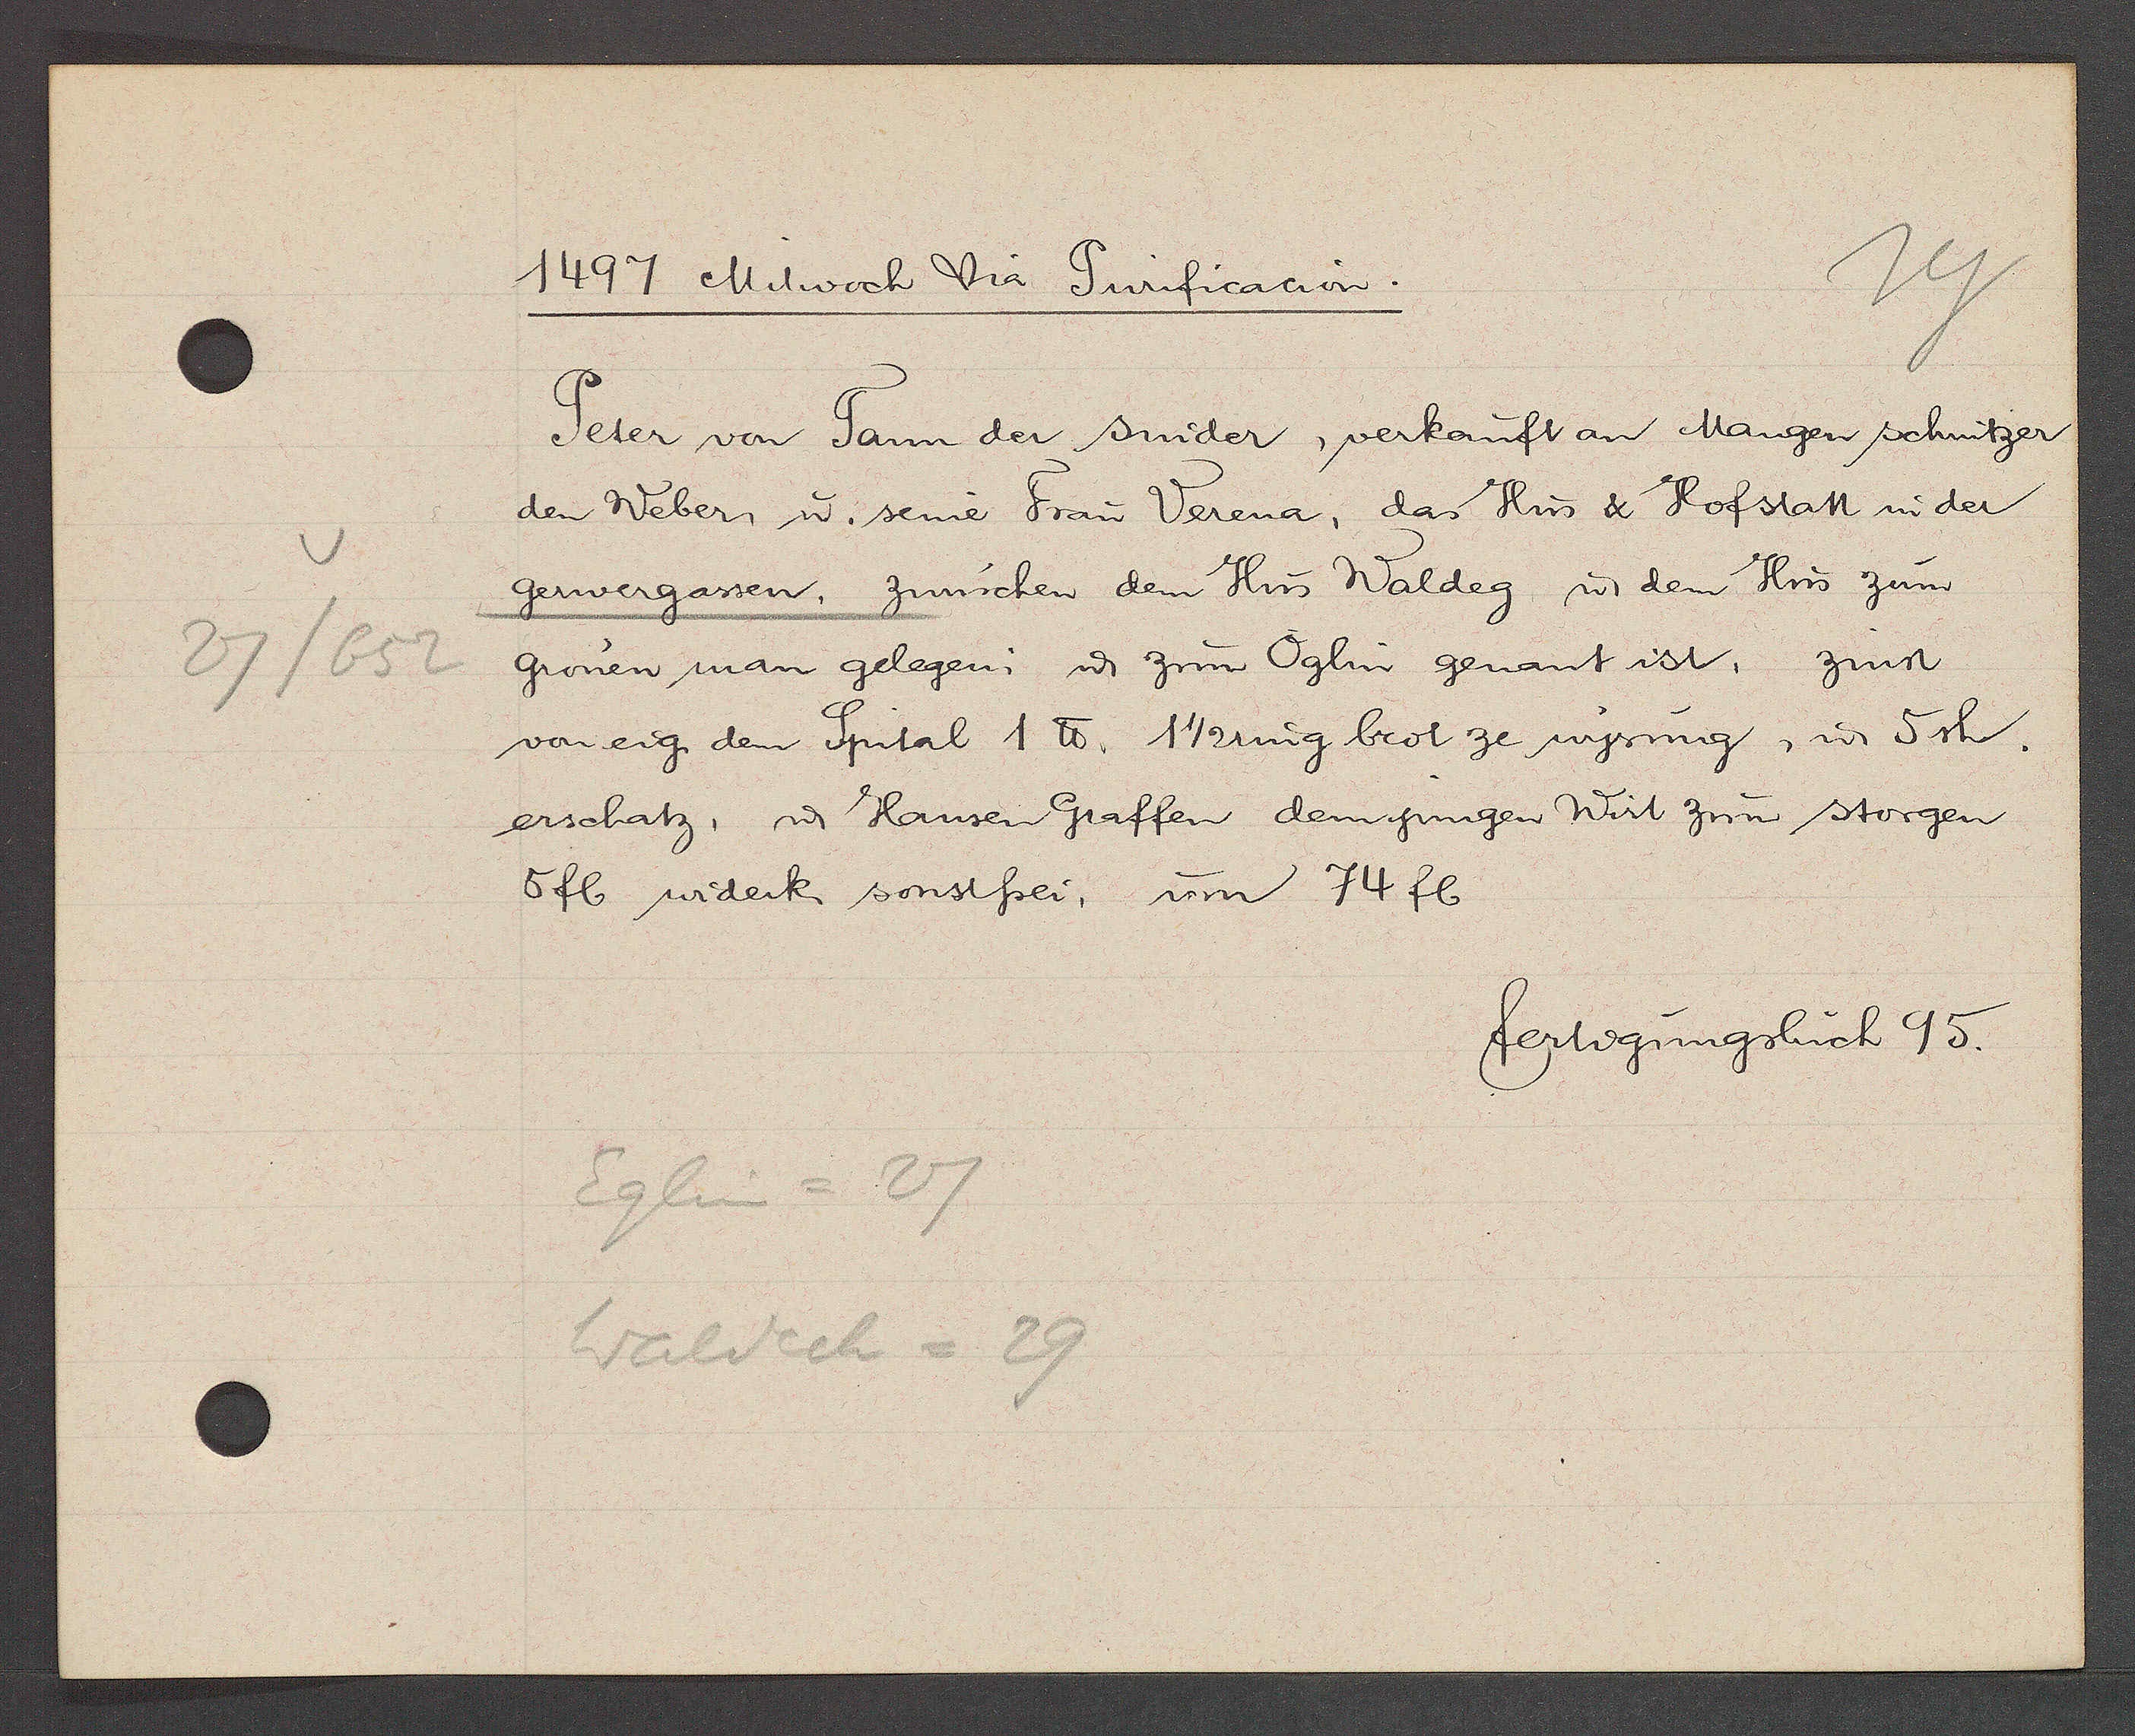
Transcript:
27/652

1497 Mitwoch Via Purificacion.

Peter von Tann der snider, verkauft an Mangen schnitzer
den Webern, u. seine Frau Verena, das Hus & Hofstatt in der
gerwergassen, zwüschen dem Hus Waldeg, ư dem Hus zum
grönen man gelegen, u zum Oglin genant ist, zinst
von eig. dem Spital 1 ℔. 1 1/2 ring brot ze wysung, u 5sh.
erschatz, u Hansen Graffen derjenigen Wirt zum storgen
5 fl widerk sonstfrei, um 74 fl

Eglin = 27
Waldeck = 29

fertigungsbuch 95.